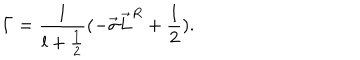
{ \Gamma } = \frac { 1 } { l + \frac { 1 } { 2 } } ( - \vec { \sigma } \vec { L } ^ { R } + \frac { 1 } { 2 } ) .